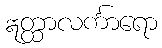
ဣတ္ထာလင်္ကာရော